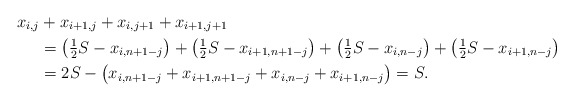
\begin{align*}x_{i,j} &+ x_{i+1,j} + x_{i,j+1} + x_{i+1,j+1} \\&= \bigl( \tfrac{1}{2} S - x_{i, n+1-j} \bigr)+ \bigl( \tfrac{1}{2} S - x_{i+1, n+1-j} \bigr)+ \bigl( \tfrac{1}{2} S - x_{i, n-j} \bigr) + \bigl( \tfrac{1}{2} S - x_{i+1, n-j} \bigr) \\&= 2S - \bigl( x_{i, n+1-j} + x_{i+1, n+1-j} + x_{i, n-j} + x_{i+1, n-j} \bigr) =S.\end{align*}